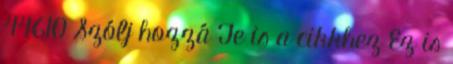
44610 Szólj hozzá Te is a cikkhez Ez is